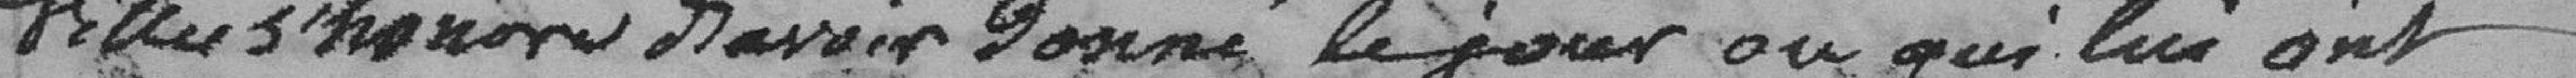
ville s’honore d'avoir donné le jour ou qui lui ont